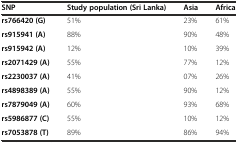
<table><thead><tr><td><b>SNP</b></td><td><b>Study population (Sri Lanka)</b></td><td><b>Asia</b></td><td><b>Africa</b></td></tr></thead><tbody><tr><td><b>rs766420 (G)</b></td><td>51%</td><td>23%</td><td>61%</td></tr><tr><td><b>rs915941 (A)</b></td><td>88%</td><td>90%</td><td>48%</td></tr><tr><td><b>rs915942 (A)</b></td><td>12%</td><td>10%</td><td>39%</td></tr><tr><td><b>rs2071429 (A)</b></td><td>55%</td><td>77%</td><td>12%</td></tr><tr><td><b>rs2230037 (A)</b></td><td>41%</td><td>07%</td><td>26%</td></tr><tr><td><b>rs4898389 (A)</b></td><td>55%</td><td>90%</td><td>12%</td></tr><tr><td><b>rs7879049 (A)</b></td><td>60%</td><td>93%</td><td>68%</td></tr><tr><td><b>rs5986877 (C)</b></td><td>55%</td><td>10%</td><td>12%</td></tr><tr><td><b>rs7053878 (T)</b></td><td>89%</td><td>86%</td><td>94%</td></tr></tbody></table>